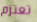
تعتزم